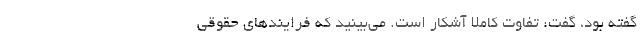
گفته بود، گفت: تفاوت کاملا آشکار است. می‌بینید که فرایندهای حقوقی